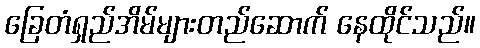
ခြေတံရှည်အိမ်များတည်ဆောက် နေထိုင်သည်။